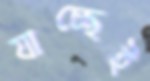
যাচ্ছেই